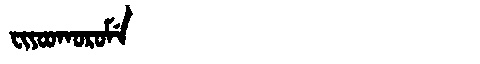
Manchu: ᠸᡳᠶᠣᠣᡴᠣᡵᠣᠮᡝ
Romanization: FIYOOKOROME